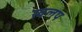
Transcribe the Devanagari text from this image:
खलप